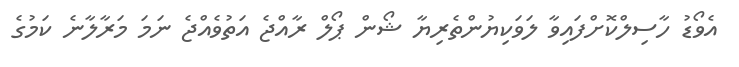
އެވޯޑު ހާސިލްކޮށްފައިވާ ލަވަކިޔުންތެރިޔާ ޝޯން ޕޯލް ރާއްޖެ އަތުވެއްޖެ ނަމަ މަރާލާނެ ކަމުގެ